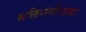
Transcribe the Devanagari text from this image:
भक्तिसंगीताला